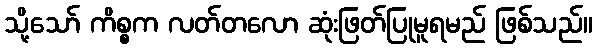
သို့သော် ကိစ္စက လတ်တလော ဆုံးဖြတ်ပြုမူရမည် ဖြစ်သည်။